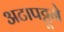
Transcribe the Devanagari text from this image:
अटापट्टूने